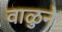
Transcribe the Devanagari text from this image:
वाळुने